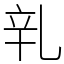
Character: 乵